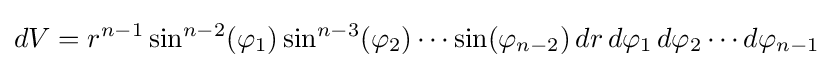
dV=r^{n-1}\sin ^{n-2}(\varphi _{1})\sin ^{n-3}(\varphi _{2})\cdots \sin(\varphi _{n-2})\,dr\,d\varphi _{1}\,d\varphi _{2}\cdots d\varphi _{n-1}